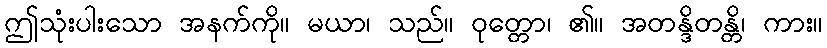
ဤသုံးပါးသော အနက်ကို။ မယာ၊ သည်။ ဝုတ္တော၊ ၏။ အတန္ဒိတန္တိ၊ ကား။